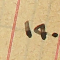
١٩٠